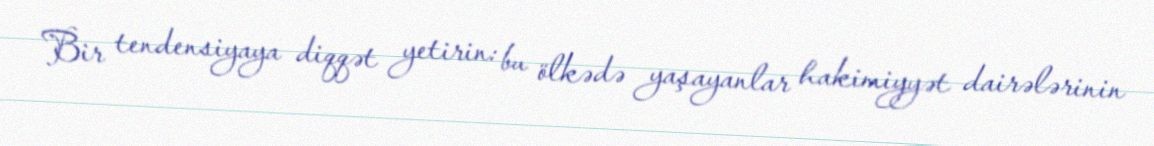
Bir tendensiyaya diqqət yetirin: bu ölkədə yaşayanlar hakimiyyət dairələrinin